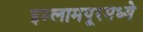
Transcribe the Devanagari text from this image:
इस्लामपूरमध्ये